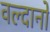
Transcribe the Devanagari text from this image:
वल्दानो